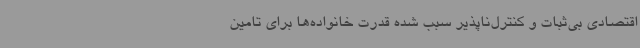
اقتصادی بی‌ثبات و کنترل‌ناپذیر سبب شده قدرت خانواده‌ها برای تامین